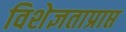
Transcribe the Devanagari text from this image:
विशेज्ञताप्राप्त